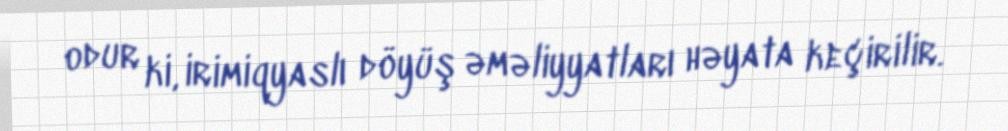
odur ki, irimiqyaslı döyüş əməliyyatları həyata keçirilir.